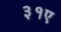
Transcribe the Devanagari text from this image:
३१ए